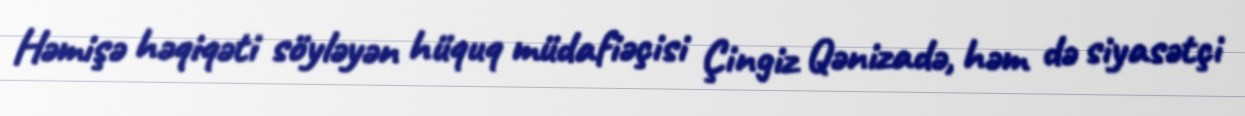
Həmişə həqiqəti söyləyən hüquq müdafiəçisi Çingiz Qənizadə, həm də siyasətçi